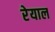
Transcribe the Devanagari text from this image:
रेयाल